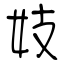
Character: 妓